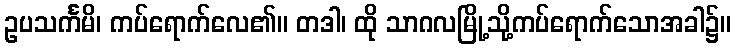
ဥပသင်္ကမိ၊ ကပ်ရောက်လေ၏။ တဒါ၊ ထို သာဂလမြို့သို့ကပ်ရောက်သောအခါ၌။